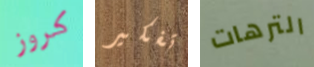
كروز تفكير الترهات